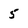
Character: 5